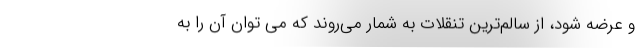
و عرضه شود، از سالم‌ترین تنقلات به شمار می‌روند که می توان آن را به